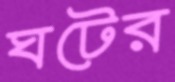
ঘটের